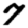
Digit: 7